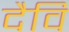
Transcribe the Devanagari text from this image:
दैवि